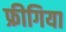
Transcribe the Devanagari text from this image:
फ्रीगिया